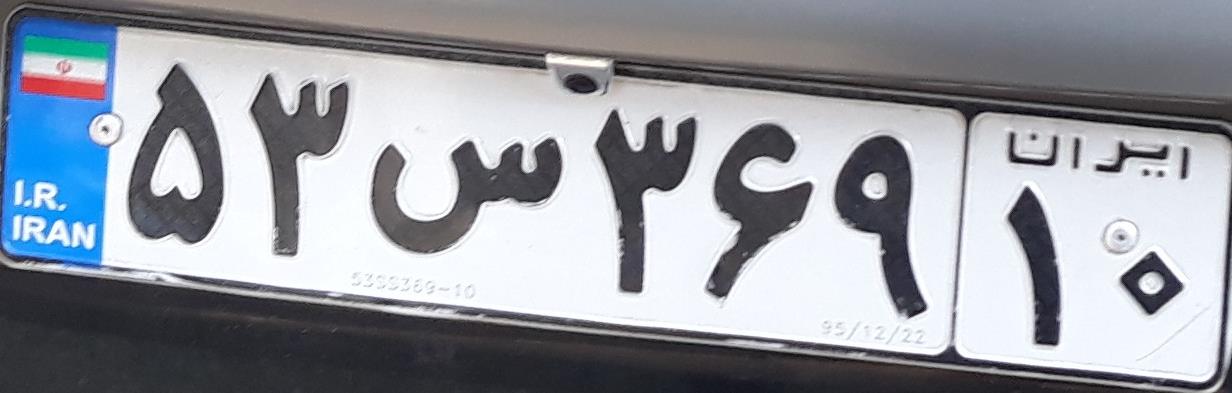
۵۳س۳۶۹۱۰